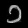
Digit: ၁